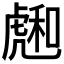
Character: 𧇮